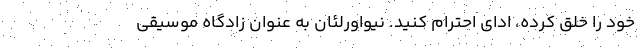
خود را خلق کرده، ادای احترام کنید. نیواورلئان به عنوان زادگاه موسیقی